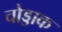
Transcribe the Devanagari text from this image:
चोड्डाक